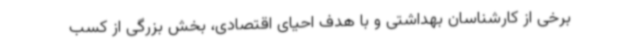
برخی از کارشناسان بهداشتی و با هدف احیای اقتصادی، بخش بزرگی از کسب